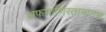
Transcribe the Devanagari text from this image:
अफगाणिस्तानातच